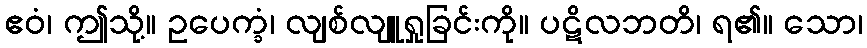
ဧဝံ၊ ဤသို့။ ဥပေက္ခံ၊ လျစ်လျူရှုခြင်းကို။ ပဋိလဘတိ၊ ရ၏။ သော၊